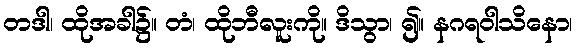
တဒါ၊ ထိုအခါ၌။ တံ၊ ထိုဘီလူးကို။ ဒိသွာ၊ ၍။ နဂရဝါသိနော၊